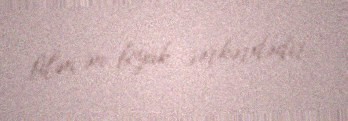
bilən ən böyük sərkərdədir.